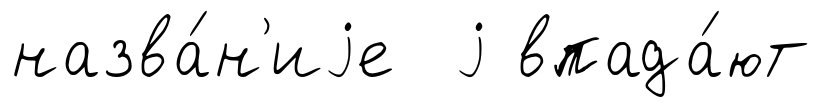
назва́н'иjе j впада́ют